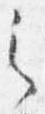
之